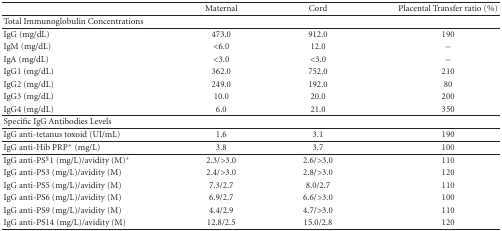
<table><thead><tr><td></td><td><b>Maternal</b></td><td><b>Cord</b></td><td><b>Placental Transfer ratio (%)</b></td></tr></thead><tbody><tr><td>Total Immunoglobulin Concentrations</td><td></td><td></td><td></td></tr><tr><td>IgG (mg/dL)</td><td>473.0</td><td>912.0</td><td>190</td></tr><tr><td>IgM (mg/dL)</td><td>&lt;6.0</td><td>12.0</td><td>–</td></tr><tr><td>IgA (mg/dL)</td><td>&lt;3.0</td><td>&lt;3.0</td><td>–</td></tr><tr><td>IgG1 (mg/dL)</td><td>362.0</td><td>752.0</td><td>210</td></tr><tr><td>IgG2 (mg/dL)</td><td>249.0</td><td>192.0</td><td>80</td></tr><tr><td>IgG3 (mg/dL)</td><td>10.0</td><td>20.0</td><td>200</td></tr><tr><td>IgG4 (mg/dL)</td><td>6.0</td><td>21.0</td><td>350 </td></tr><tr><td>Specific IgG Antibodies Levels</td><td></td><td></td><td></td></tr><tr><td>IgG anti-tetanus toxoid (UI/mL)</td><td>1.6</td><td>3.1</td><td>190 </td></tr><tr><td>IgG anti-Hib PRP* (mg/L)</td><td>3.8</td><td>3.7</td><td>100 </td></tr><tr><td>IgG anti-PS<sup>§</sup>1 (mg/L)/avidity (M)<sup>+</sup></td><td>2.3/&gt;3.0</td><td>2.6/&gt;3.0</td><td>110</td></tr><tr><td>IgG anti-PS3 (mg/L)/avidity (M)</td><td>2.4/&gt;3.0</td><td>2.8/&gt;3.0</td><td>120</td></tr><tr><td>IgG anti-PS5 (mg/L)/avidity (M)</td><td>7.3/2.7</td><td>8.0/2.7</td><td>110</td></tr><tr><td>IgG anti-PS6 (mg/L)/avidity (M)</td><td>6.9/2.7</td><td>6.6/&gt;3.0</td><td>100</td></tr><tr><td>IgG anti-PS9 (mg/L)/avidity (M)</td><td>4.4/2.9</td><td>4.7/&gt;3.0</td><td>110</td></tr><tr><td>IgG anti-PS14 (mg/L)/avidity (M)</td><td>12.8/2.5</td><td>15.0/2.8</td><td>120</td></tr></tbody></table>